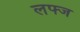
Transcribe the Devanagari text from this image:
लफ्ज